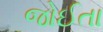
જોઈતા